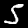
Digit: 5